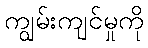
ကျွမ်းကျင်မှုကို